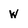
Character: w